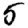
Digit: 5